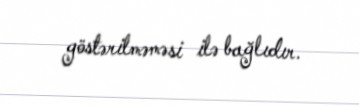
göstərilməməsi ilə bağlıdır.